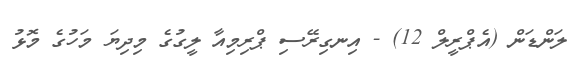
ލަންޑަން (އެޕްރީލް 12) - އިނގިރޭސި ޕްރިމިއާ ލީގުގެ މިދިޔަ މަހުގެ މޮޅު